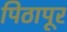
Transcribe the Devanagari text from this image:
पिठापूर